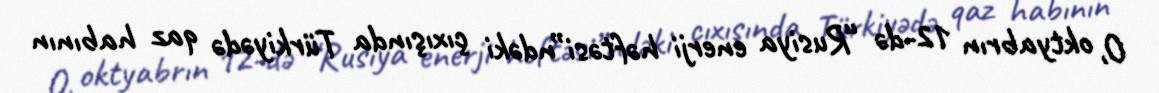
O, oktyabrın 12-də “Rusiya enerji həftəsi”ndəki çıxışında Türkiyədə qaz habının